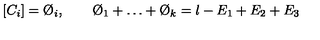
[ C _ { i } ] = \O _ { i } , \qquad \O _ { 1 } + \dots + \O _ { k } = l - E _ { 1 } + E _ { 2 } + E _ { 3 }